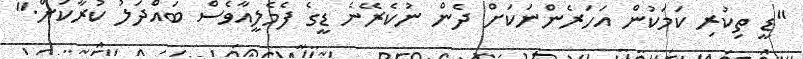
"ޑީ ތިކުރި ކަމަކުން އަހަރެންނަކަށް ދެން ނުކެރޭނެ ޑީގެ ފެމެލީއާވެސް ބައްދަލު ކުރާކަށް."